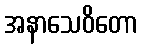
အနာသေဝိတော